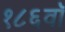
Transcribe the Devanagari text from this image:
१८६वॉ